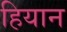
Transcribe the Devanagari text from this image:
हियान